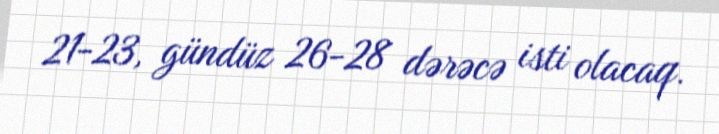
21-23, gündüz 26-28 dərəcə isti olacaq.